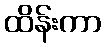
ထိန်းကာ